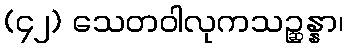
(၄၂) သေတဝါလုကသဉ္ဆန္နာ၊